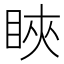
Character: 䀹